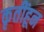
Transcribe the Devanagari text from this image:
कृतींहून